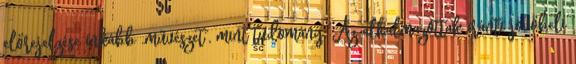
előrejelzése inkább „művészet”, mint tudomány. Az alkalmazottak iránti jövőbeli